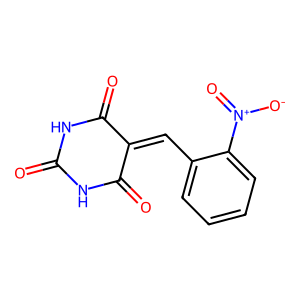
SMILES: O=C1NC(=O)C(=Cc2ccccc2[N+](=O)[O-])C(=O)N1
Inhibits HIV replication: No